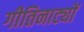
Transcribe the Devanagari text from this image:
गीतिनाट्यों